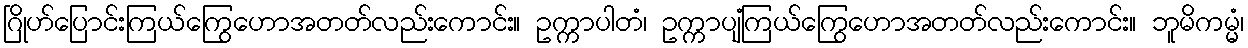
ဂြိုဟ်ပြောင်းကြယ်ကြွေဟောအတတ်လည်းကောင်း။ ဥက္ကာပါတံ၊ ဥက္ကာပျံကြယ်ကြွေဟောအတတ်လည်းကောင်း။ ဘူမိကမ္မံ၊